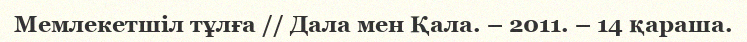
Мемлекетшіл тұлға // Дала мен Қала. – 2011. – 14 қараша.